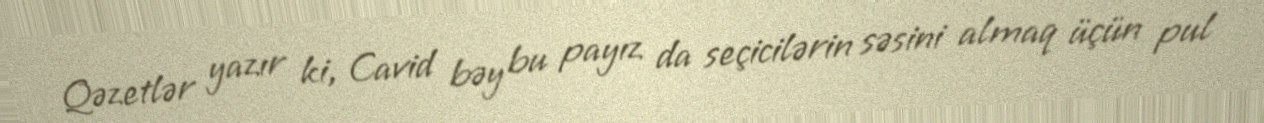
Qəzetlər yazır ki, Cavid bəy bu payız da seçicilərin səsini almaq üçün pul